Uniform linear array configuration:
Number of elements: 8
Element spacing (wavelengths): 0.25
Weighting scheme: exponential
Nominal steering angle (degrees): -30
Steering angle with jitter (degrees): -31.002
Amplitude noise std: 0.05
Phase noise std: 0.05

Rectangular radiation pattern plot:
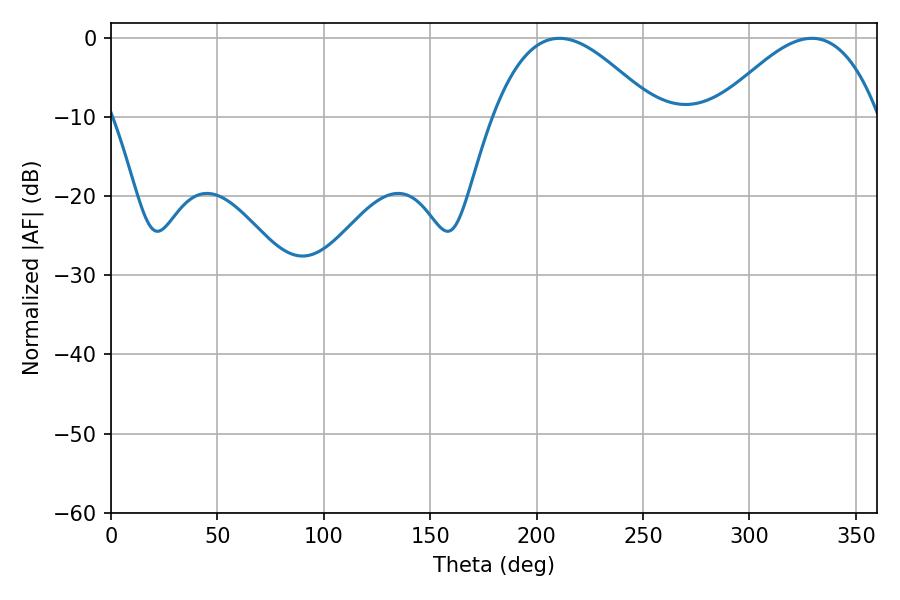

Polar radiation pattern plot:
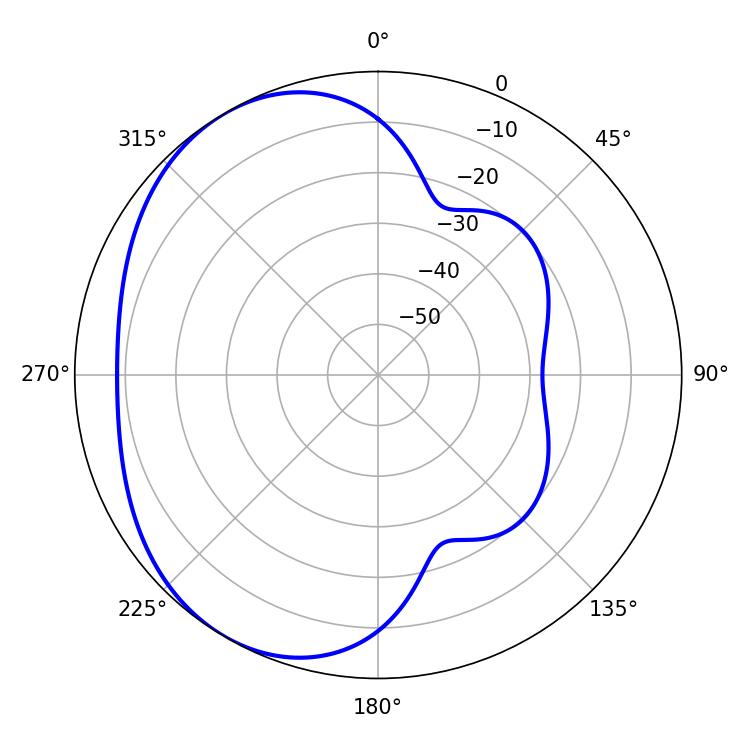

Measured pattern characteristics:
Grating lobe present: FALSE
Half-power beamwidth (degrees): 41.4
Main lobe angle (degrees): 210.6